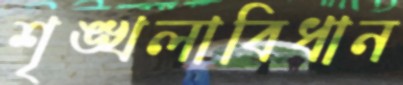
শৃঙ্খলাবিধান